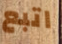
اتبع